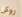
روكى